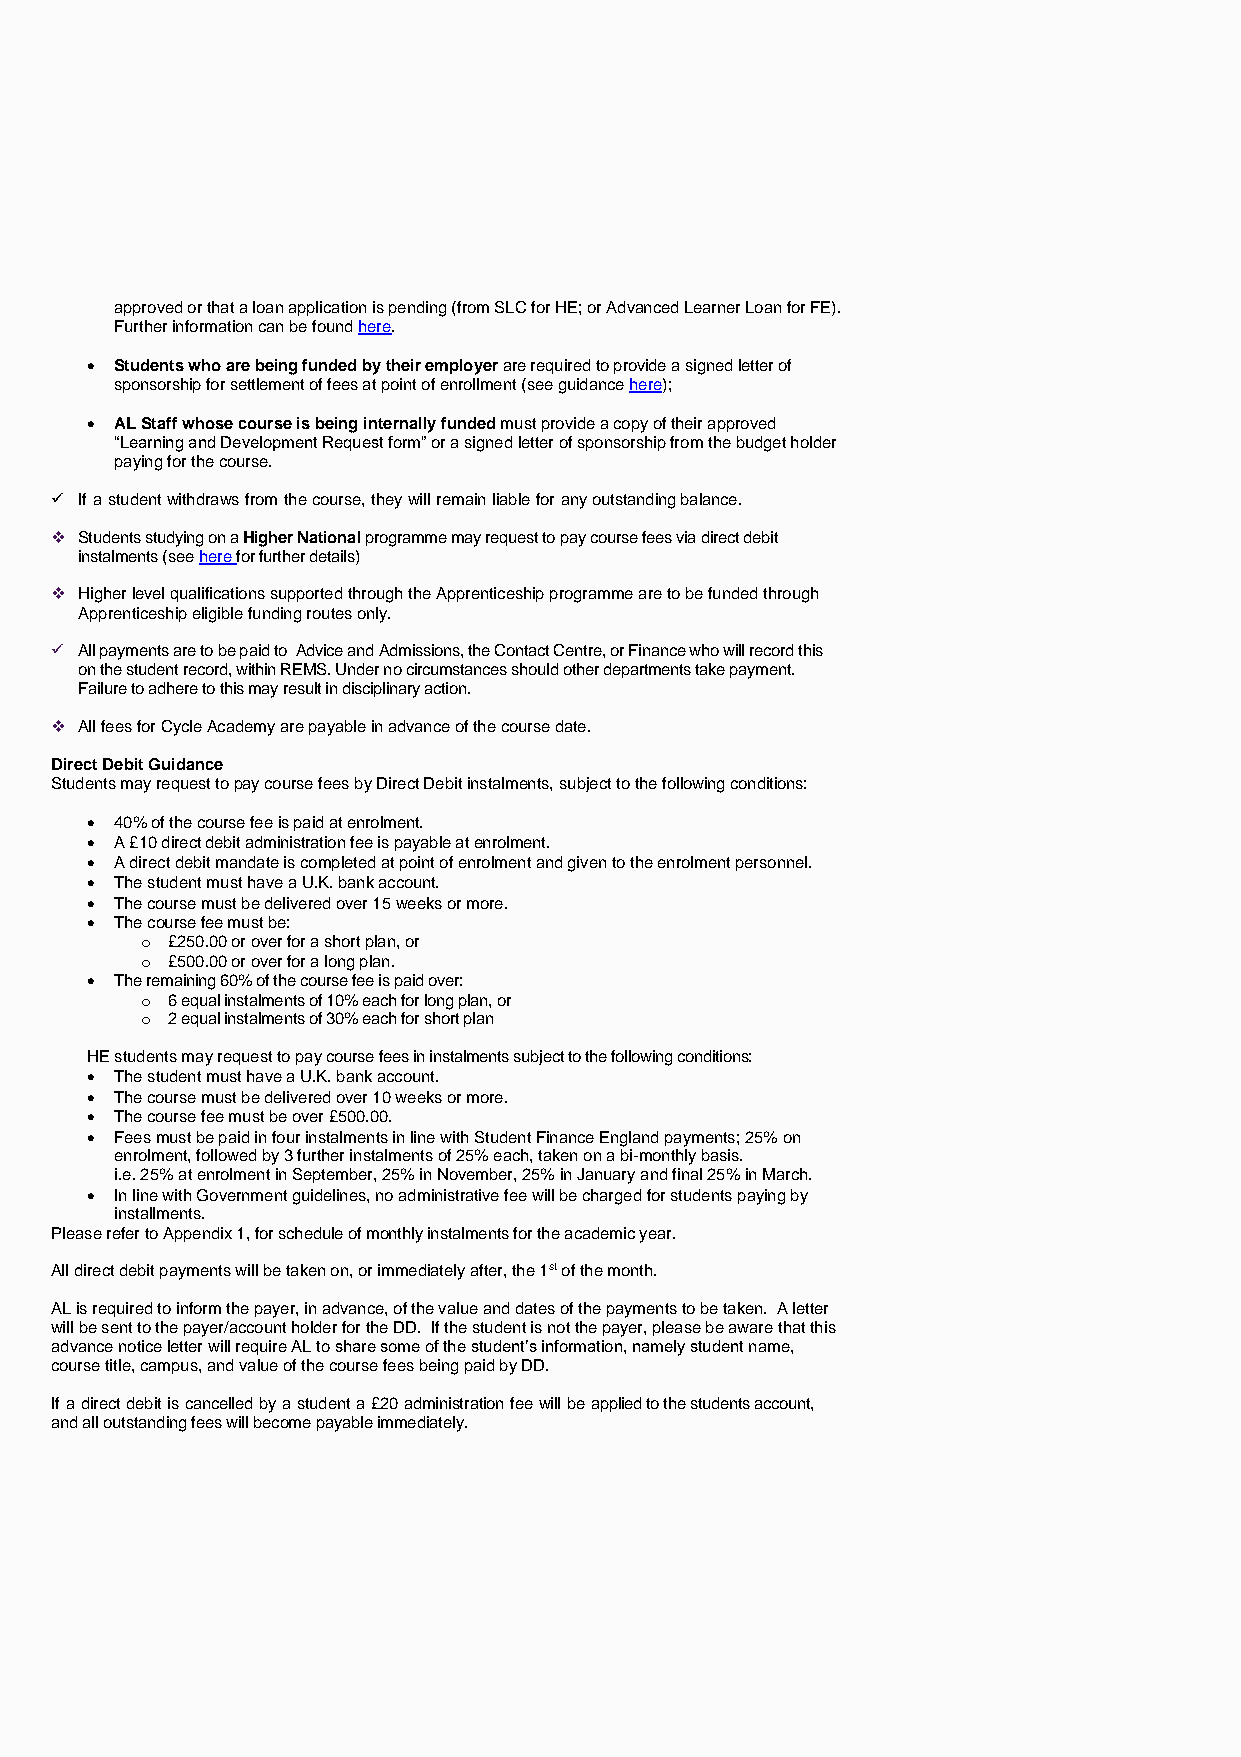
approved or that a loan application is pending (from SLC for HE; or Advanced Learner Loan for FE).
 Further information can be found here.
 • Students who are being funded by their employer are required to provide a signed letter of
 sponsorship for settlement of fees at point of enrollment (see guidance here);
 • AL Staff whose course is being internally funded must provide a copy of their approved
 “Learning and Development Request form” or a signed letter of sponsorship from the budget holder
 paying for the course.
 ✓ If a student withdraws from the course, they will remain liable for any outstanding balance.
 ❖ Students studying on a Higher National programme may request to pay course fees via direct debit
 instalments (see here for further details)
 ❖ Higher level qualifications supported through the Apprenticeship programme are to be funded through
 Apprenticeship eligible funding routes only.
 ✓ All payments are to be paid to Advice and Admissions, the Contact Centre, or Finance who will record this
 on the student record, within REMS. Under no circumstances should other departments take payment.
 Failure to adhere to this may result in disciplinary action.
 ❖ All fees for Cycle Academy are payable in advance of the course date.
 Direct Debit Guidance
 Students may request to pay course fees by Direct Debit instalments, subject to the following conditions:
 • 40% of the course fee is paid at enrolment.
 • A £10 direct debit administration fee is payable at enrolment.
 • A direct debit mandate is completed at point of enrolment and given to the enrolment personnel.
 • The student must have a U.K. bank account.
 • The course must be delivered over 15 weeks or more.
 • The course fee must be:
 o £250.00 or over for a short plan, or
 o £500.00 or over for a long plan.
 • The remaining 60% of the course fee is paid over:
 o 6 equal instalments of 10% each for long plan, or
 o 2 equal instalments of 30% each for short plan
 HE students may request to pay course fees in instalments subject to the following conditions:
 • The student must have a U.K. bank account.
 • The course must be delivered over 10 weeks or more.
 • The course fee must be over £500.00.
 • Fees must be paid in four instalments in line with Student Finance England payments; 25% on
 enrolment, followed by 3 further instalments of 25% each, taken on a bi-monthly basis.
 i.e. 25% at enrolment in September, 25% in November, 25% in January and final 25% in March.
 • In line with Government guidelines, no administrative fee will be charged for students paying by
 installments.
 Please refer to Appendix 1, for schedule of monthly instalments for the academic year.
 All direct debit payments will be taken on, or immediately after, the 1st of the month.
 AL is required to inform the payer, in advance, of the value and dates of the payments to be taken. A letter
 will be sent to the payer/account holder for the DD. If the student is not the payer, please be aware that this
 advance notice letter will require AL to share some of the student’s information, namely student name,
 course title, campus, and value of the course fees being paid by DD.
 If a direct debit is cancelled by a student a £20 administration fee will be applied to the students account,
 and all outstanding fees will become payable immediately.